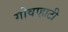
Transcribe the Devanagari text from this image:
गोवाहाटी